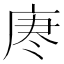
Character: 𫷯